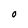
Character: O